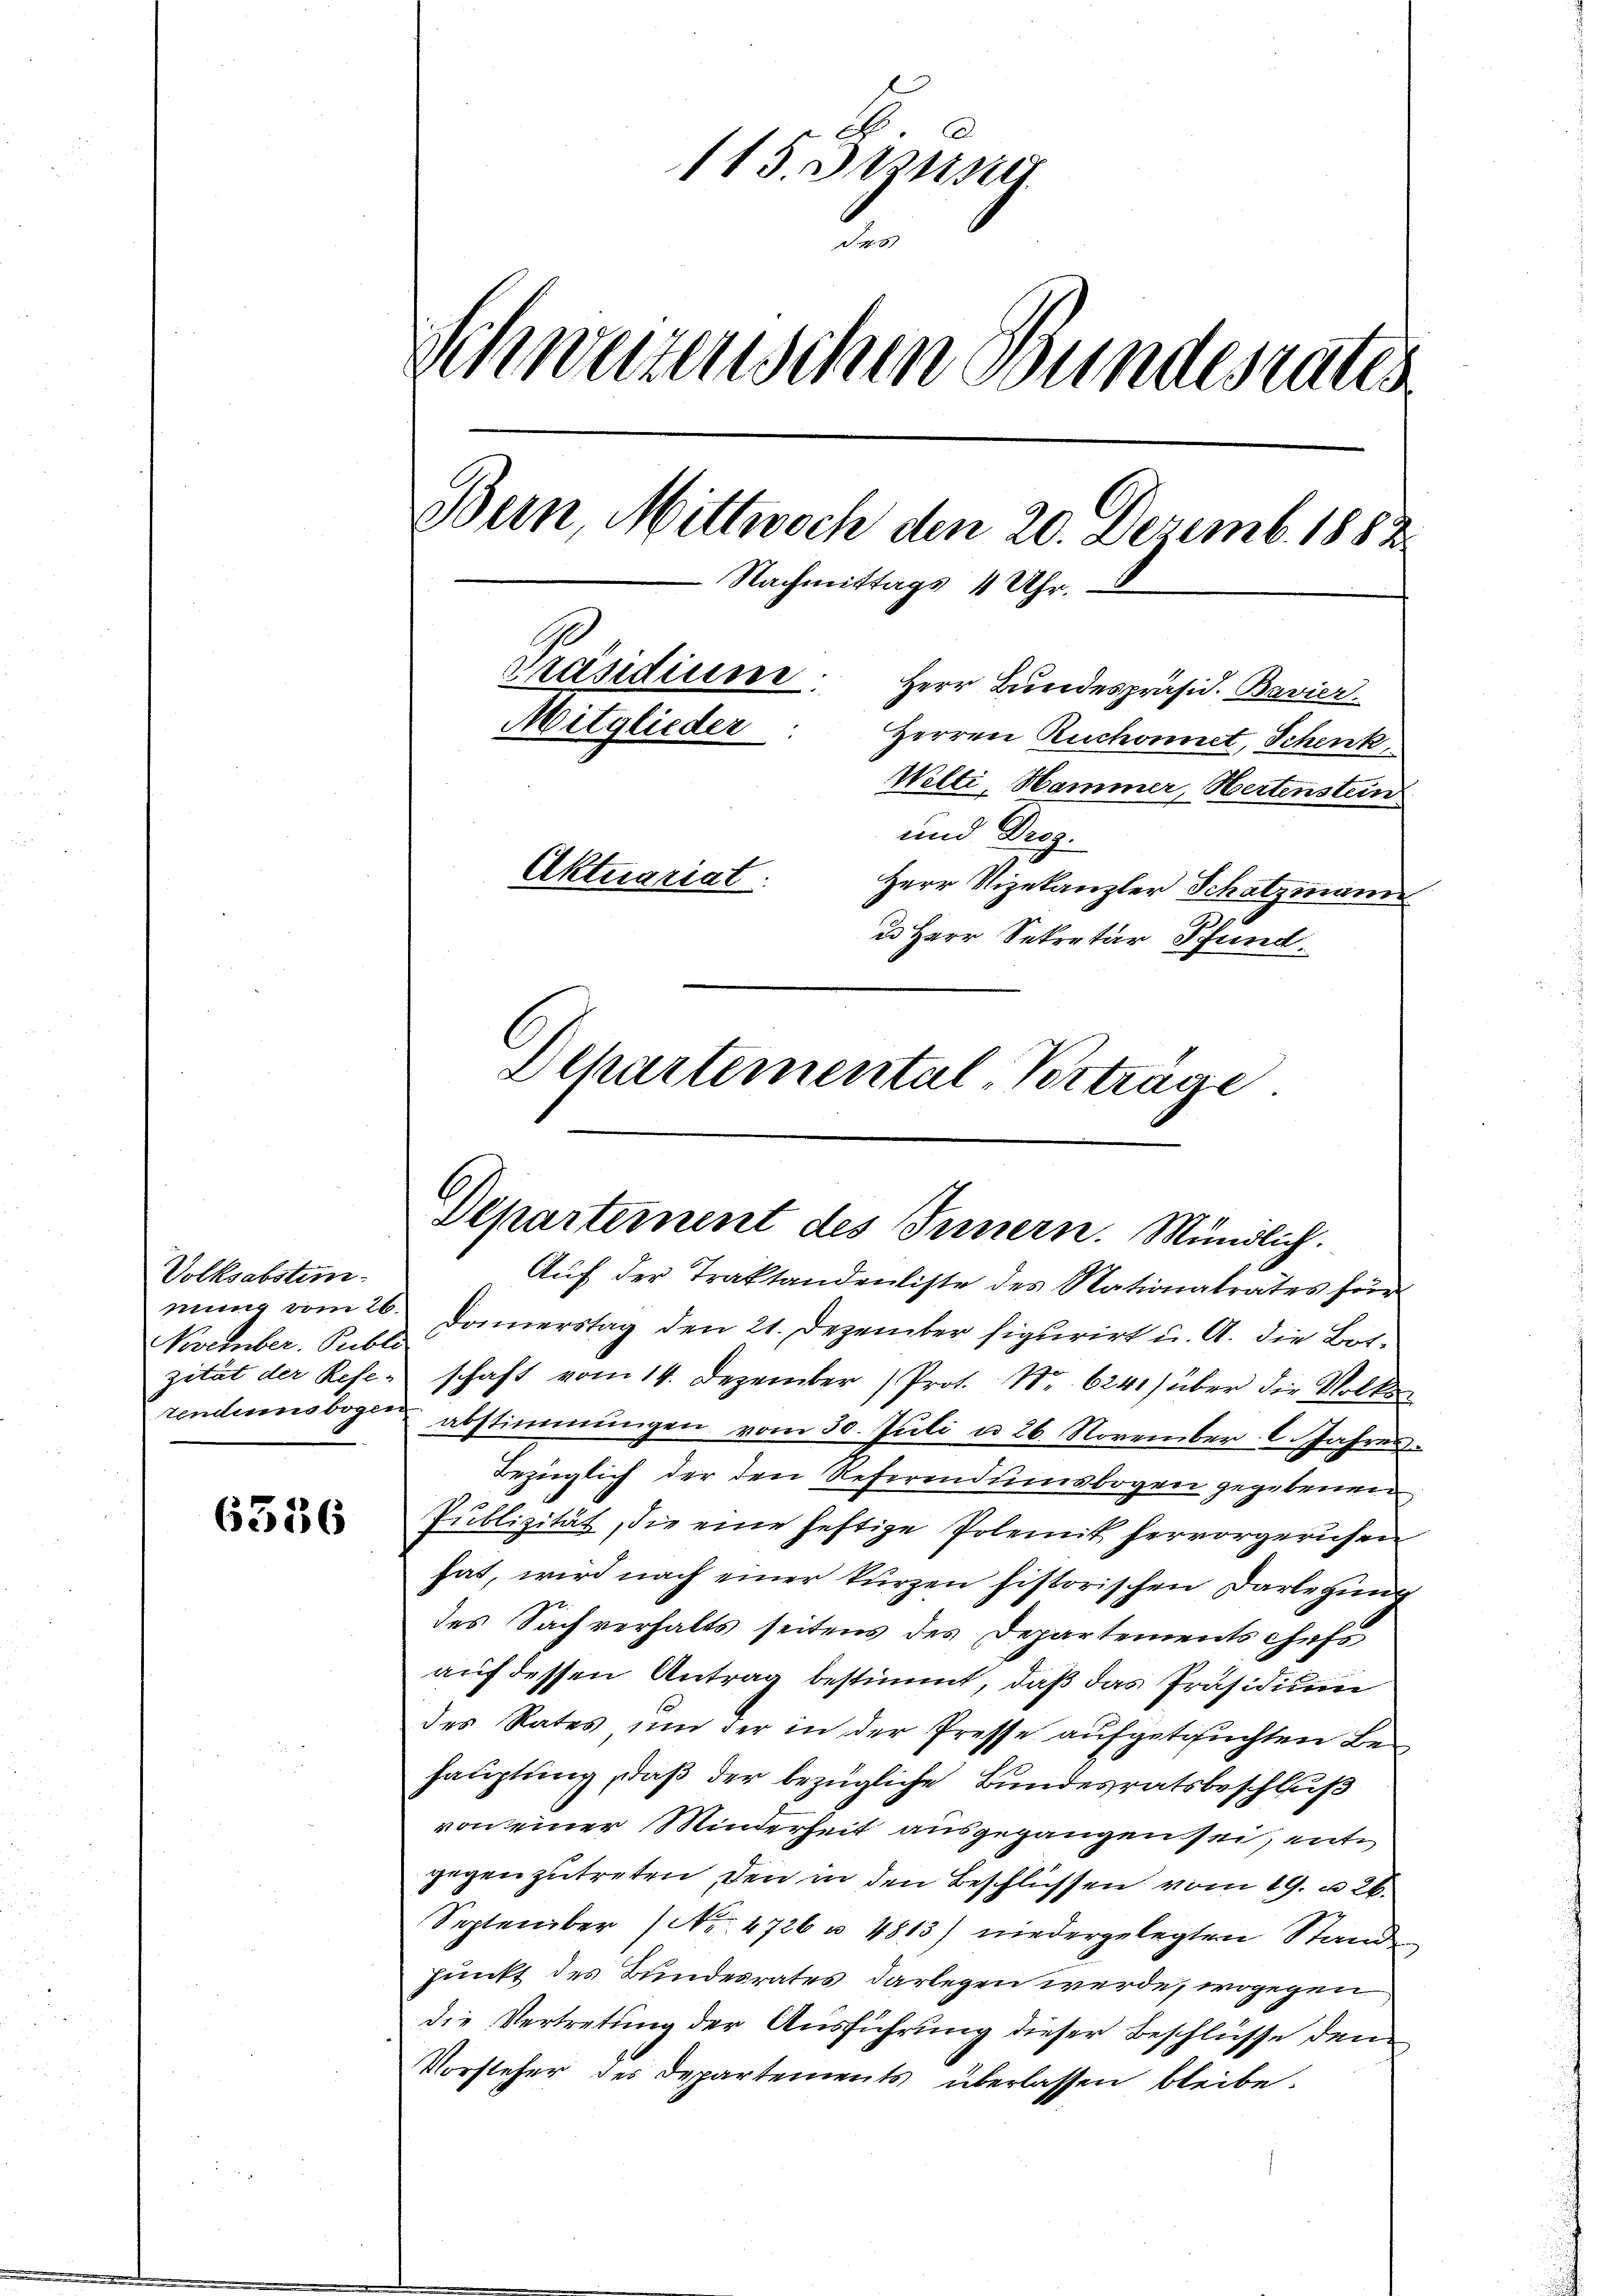
Volksabstem.
November Publi

6336

.
115. Justing
.
Schwerenischen Bundesrates
Bern, Mittwoch den 20. Dezemb. 1882
Nachmittags
4 Uhr.
Präsidium.
Herr Bundespräsid. Bavier.
Mitglieder
Herren Zuchonnet, Schenk,
Welti, Hammer, Hertenstein
und Droz.
Aktuariat.
Herr Vizekanzler Schatzmann
u Herr Sekretär Pfund
Departemental-Verträge.

Departement des Innern. Mündlich.

Auf der Traktandenliste des Nationalrates für
mung vom 26. Donnerstag den 21. Dezember figurirt u. A. die Botzität der Reser schaft vom 14. Dezember Prot. Nr. 6241) über die Volks-
rendesbogen abstimmungen vom 30. Jŭli u. 26. November l. Jahres
Bezüglich der den Referendumsbogen gegebenen
Publizität, die eine heftige Polemit hervorgerufen
hat, wird nach einer kurzen historischen Darlegung
des Sachverhalts seitens des Departements Chefs
auf dessen Antrag bestimmt, daß das Präsidium
des Rates um der in der Presse aufgetruchten Behauptung, daß der bezügliche Bundesratsbeschluß
von einer Minderheit ausgegangen sei, entgegen zutreten, den in den Beschlüssen vom 19. u 26.
September (No. 4726 u. 4813) niedergelegten Stande
punkt des Bundesrates darlegen werde, wogegen
die Vertretung der Ausführung dieser Beschlüsse den
Vorsteher der Departements überlassen bleibe.